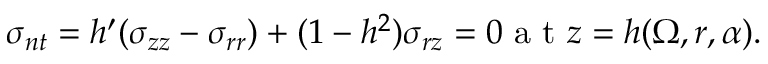
\sigma _ { n t } = h ^ { \prime } ( \sigma _ { z z } - \sigma _ { r r } ) + ( 1 - h ^ { 2 } ) \sigma _ { r z } = 0 \textrm { a t } z = h ( \Omega , r , \alpha ) .